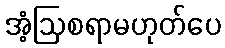
အံ့ဩစရာမဟုတ်ပေ